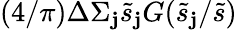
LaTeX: (4/\pi)\Delta\Sigma_{\mathbf{j}}\tilde{{s}}_{\mathbf{j}}G(\tilde{{s}}_{\mathbf{j}}/\tilde{{s}})